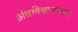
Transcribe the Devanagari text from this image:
अंधविश्वासासाच